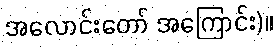
အလောင်းတော် အကြောင်း)။